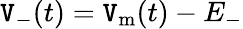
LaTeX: \mathtt{V}_{-}(t)=\mathtt{V}_{\mathrm{{m}}}(t)-E_{-}